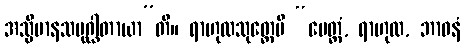
အသ္မိမာနသမုဂ္ဃါတာယာ”တိ။ ရာဟုလသုတ္တေပိ “မေတ္တံ, ရာဟုလ, ဘာဝနံ